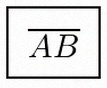
\overline{AB}